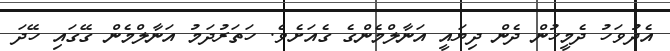
އެދުވަހު ދެމީހުން ދެން ދިޔައީ އަނާލްމެންގެ ގެއަށެވެ. ހަތަރުދަމު އަނާލްމެން ގޭގައި ހޭދަ